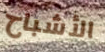
الأشباح